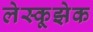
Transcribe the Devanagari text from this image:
लेस्कूझेक